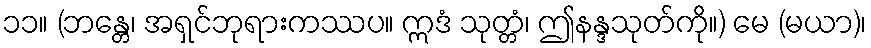
၁၁။ (ဘန္တေ၊ အရှင်ဘုရားကဿပ။ ဣဒံ သုတ္တံ၊ ဤနန္ဒသုတ်ကို။) မေ (မယာ)၊